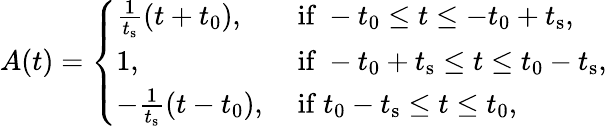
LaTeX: \begin{array}{r}{A(t)=\left\{ \begin{array}{ll}{\frac{1}{t_{\mathrm{s}}}(t+t_{0}),}&{\mathrm{~if~}-t_{0}\leq t\leq-t_{0}+t_{\mathrm{s}},}\\ {1,}&{\mathrm{~if~}-t_{0}+t_{\mathrm{s}}\leq t\leq t_{0}-t_{\mathrm{s}},}\\ {-\frac{1}{t_{\mathrm{s}}}(t-t_{0}),}&{\mathrm{~if~}t_{0}-t_{\mathrm{s}}\leq t\leq t_{0},}\end{array}\right.}\end{array}